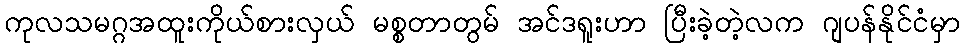
ကုလသမဂ္ဂအထူးကိုယ်စားလှယ် မစ္စတာတွမ် အင်ဒရူးဟာ ပြီးခဲ့တဲ့လက ဂျပန်နိုင်ငံမှာ